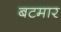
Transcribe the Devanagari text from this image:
बटमार